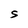
Character: S